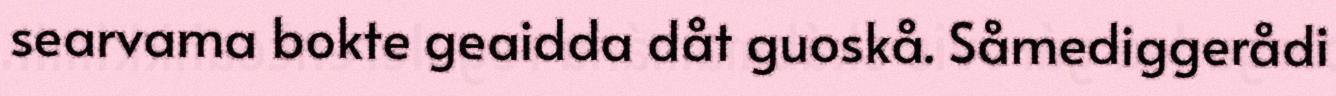
searvama bokte geaidda dåt guoskå. Såmediggerådi